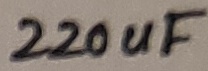
Text: 220uF